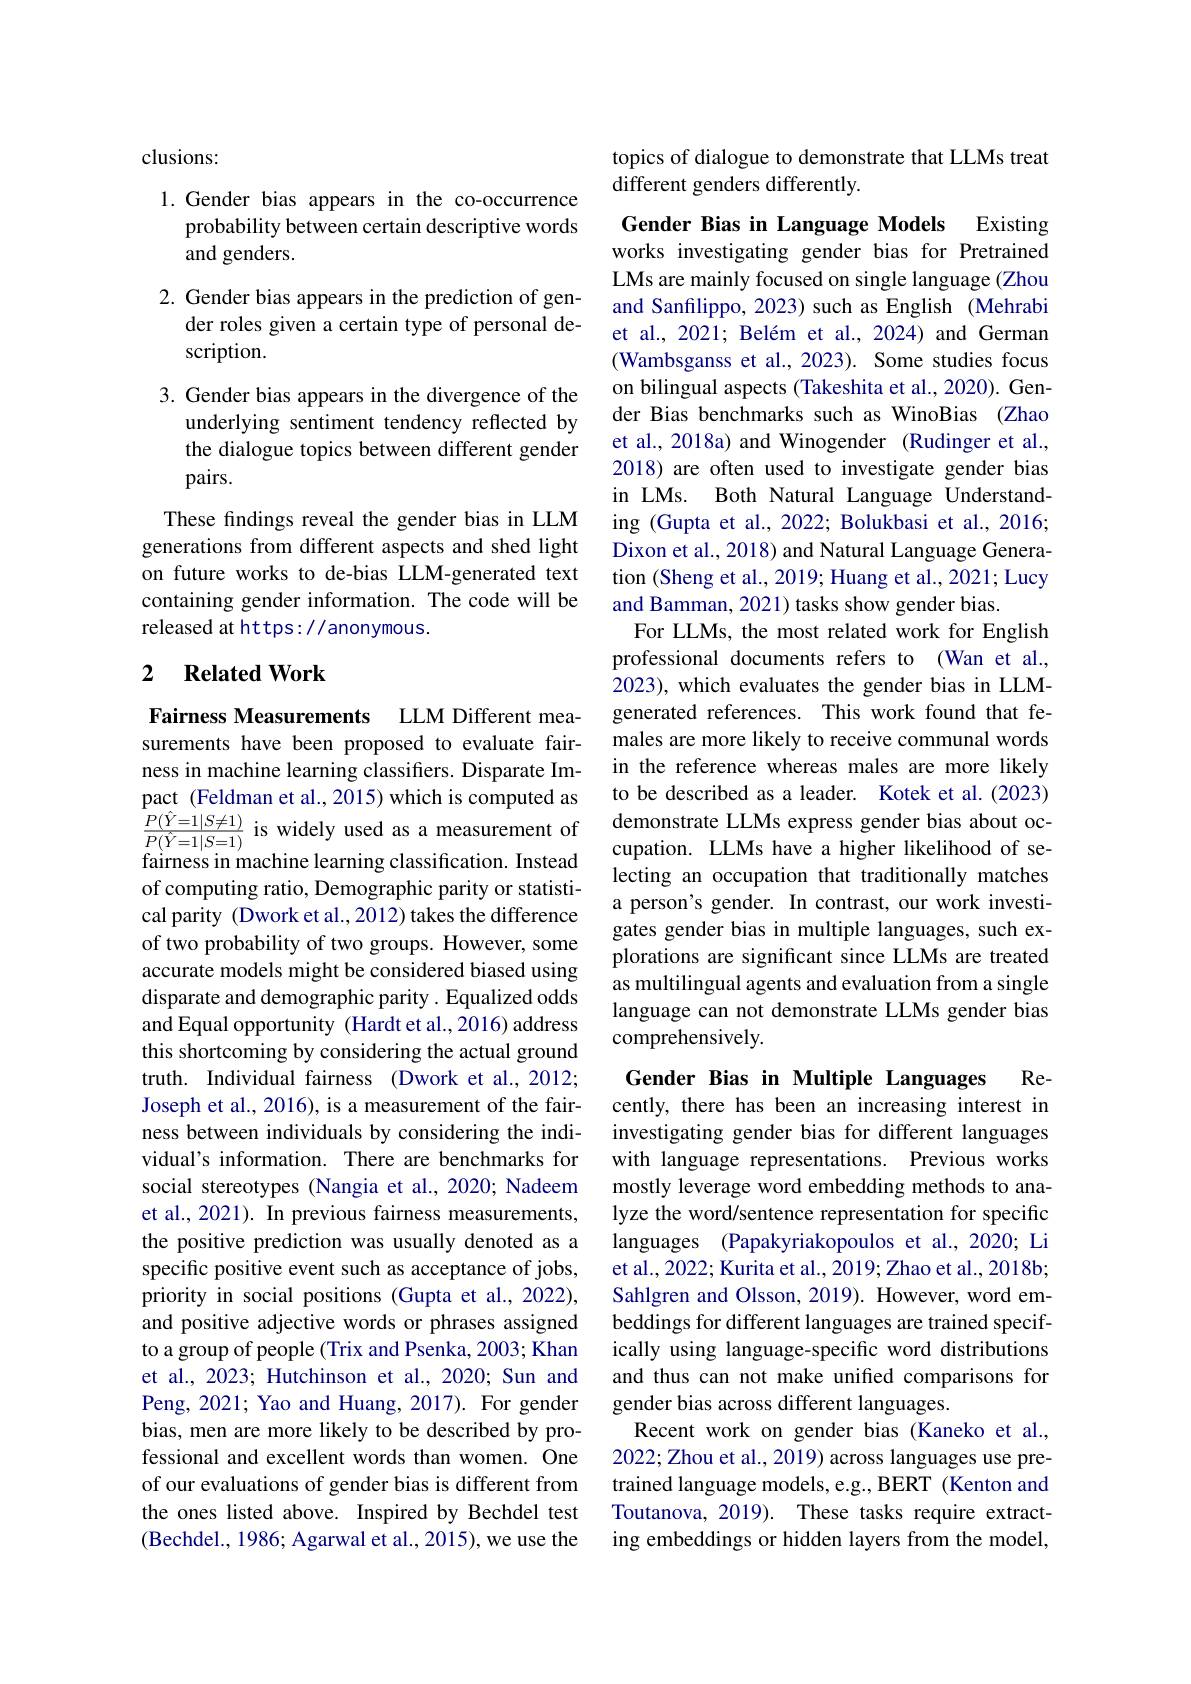
clusions:

1.Gender bias appears in the co-occurrence

probability between certain descriptive words

and genders.

2. Gender bias appears in the prediction of gen-

der roles given a certain type of personal de-

scription.

3. Gender bias appears in the divergence of the
underlying sentiment tendency reflected by the dialogue topics between different gender pairs.
These findings reveal the gender bias in LLM generations from different aspects and shed light on future works to de-bias LLM-generated text containing gender information. The code will be released at https://anonymous.

### 2 $\textbf{Related Work}$

Fairness Measurements LLM Different measurements have been proposed to evaluate fairness in machine learning classifers. Disparate Impact (Feldman et al., 2015) which is computed as of computing ratio, Demographic parity or statistical parity (Dwork et al., 2012) takes the difference of two probability of two groups. However, some accurate models might be considered biased using disparate and demographic parity . Equalized odds and Equal opportunity (Hardt et al., 2016) address this shortcoming by considering the actual ground truth. Individual fairness (Dwork et al., 2012; Joseph et al., 2016), is a measurement of the fairness between individuals by considering the individual's information. There are benchmarks for social stereotypes (Nangia et al.,2020; Nadeem et al., 2021). In previous fairness measurements, the positive prediction was usually denoted as a specific positive event such as acceptance of jobs, priority in social positions (Gupta et al., 2022), and positive adjective words or phrases assigned to a group of people (Trix and Psenka, 2003; Khan et al., 2023; Hutchinson et al., 2020; Sun and Peng, 2021; Yao and Huang, 2017). For gender bias, men are more likely to be described by professional and excellent words than women. One of our evaluations of gender bias is different from the ones listed above. Inspired by Bechdel test (Bechdel., 1986; Agarwal et al., 2015), we use the

topics of dialogue to demonstrate that LLMs treat
different genders differently.

Gender Bias in Language Models Existing works investigating gender bias for Pretrained LMs are mainly focused on single language (Zhou and Sanfilippo, 2023) such as English (Mehrabi et al., 2021; Belém et al., 2024) and German (Wambsganss et al., 2023). Some studies focus on bilingual aspects (Takeshita et al., 2020). Gender Bias benchmarks such as WinoBias (Zhao et al., 2018a) and Winogender (Rudinger et al., 2018) are often used to investigate gender bias in LMs. Both Natural Language Understanding (Gupta et al., 2022; Bolukbasi et al., 2016; Dixon et al., 2018) and Natural Language Generation (Sheng et al., 2019; Huang et al., 2021; Lucy and Bamman, 2021) tasks show gender bias.
For LLMs, the most related work for English professional documents refers to (Wan et al., 2023), which evaluates the gender bias in LLMgenerated references. This work found that females are more likely to receive communal words in the reference whereas males are more likely to be described as a leader. Kotek et al.(2023)
$\frac {P( \hat{Y} = 1| S\neq 1) }{P( \hat{Y} = 1| S= 1) }$is widely used as a measurement ofdemonstrate LLMs express gender bias about oc-- fairness in machine learning classification. Instead cupation. LLMs have a higher likelihood of se-
lecting an occupation that traditionally matches a person's gender. In contrast, our work investigates gender bias in multiple languages, such explorations are significant since LLMs are treated as multilingual agents and evaluation from a single language can not demonstrate LLMs gender bias comprehensively.

Re-

Gender Bias in Multiple Languages
cently, there has been an increasing interest in investigating gender bias for different languages with language representations. Previous works mostly leverage word embedding methods to analyze the word/sentence representation for specific languages (Papakyriakopoulos et al., 2020; Li et al., 2022; Kurita et al., 2019; Zhao et al., 2018b; Sahlgren and Olsson, 2019). However, word embeddings for different languages are trained specifically using language-specific word distributions and thus can not make unified comparisons for gender bias across different languages.
Recent work on gender bias (Kaneko et al. 2022; Zhou et al., 2019) across languages use pretrained language models, e.g., BERT (Kenton and Toutanova, 2019). These tasks require extracting embeddings or hidden layers from the model,